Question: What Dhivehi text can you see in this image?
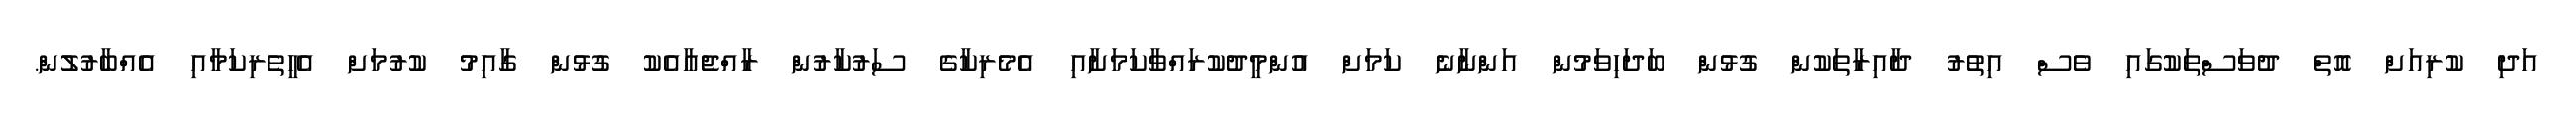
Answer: އަދި ކުރިއަށް އޮތް ދުވަސްތަކުގައި ވެސް އިތުރު ދާއިރާތަކުން ގުޅުން ބަދަހިވަމުން އަންނާނެ ކަމަށް އުންމީދުކުރައްވާކަމަށާއި އެމެރިކާގެ ސަރުކާރުން ރާއްޖެއާއެކު ގުޅުން ގާއިމު ކުރުމަށް އެހީތެރިކަމާއި އެއްބާރުލުން.